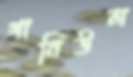
গানিউল